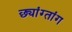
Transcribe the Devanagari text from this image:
छ्यांग्तांग